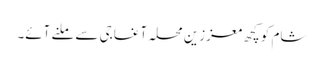
شام کو کچھ معززین محلہ آغا جی سے ملنے آئے۔